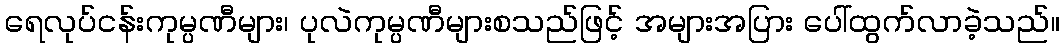
ရေလုပ်ငန်းကုမ္ပဏီများ၊ ပုလဲကုမ္ပဏီများစသည်ဖြင့် အများအပြား ပေါ်ထွက်လာခဲ့သည်။